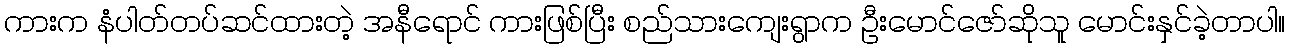
ကားက နံပါတ်တပ်ဆင်ထားတဲ့ အနီရောင် ကားဖြစ်ပြီး စည်သားကျေးရွာက ဦးမောင်ဇော်ဆိုသူ မောင်းနှင်ခဲ့တာပါ။